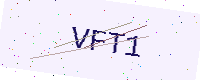
Text: VFT1